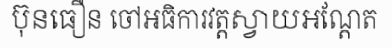
ប៊ុនធឿន ចៅអធិការវត្តស្វាយអណ្តែត